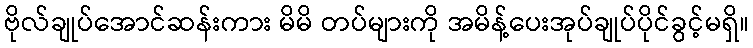
ဗိုလ်ချုပ်အောင်ဆန်းကား မိမိ တပ်များကို အမိန့်ပေးအုပ်ချုပ်ပိုင်ခွင့်မရှိ။